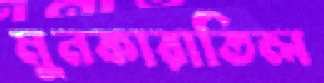
মুনকারাতিল